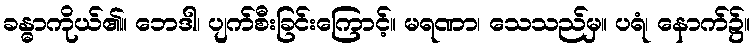
ခန္ဓာကိုယ်၏။ ဘေဒါ၊ ပျက်စီးခြင်းကြောင့်။ မရဏာ၊ သေသည်မှ။ ပရံ၊ နောက်၌။